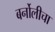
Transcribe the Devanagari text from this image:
बर्नोलीचा